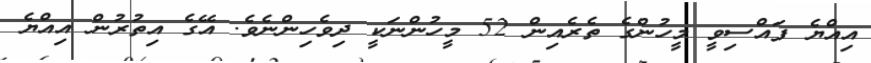
އިއްޔެ ފައްސިވީ މީހުންގެ ތެރެއިން 52 މީހުންނަކީ ދިވެހިންނެވެ. އޭގެ އިތުރުން އިއްޔެ